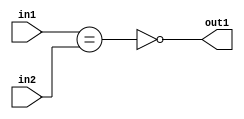
`timescale 1ps / 1ps
/*****************************************************************************
    Verilog RTL Description
    
    
    Created by: Stratus DpOpt 2019.1.01 
*******************************************************************************/

module st_weight_addr_gen_NotEQ_16Ux1U_1U_4_12 (
	in2,
	in1,
	out1
	); /* architecture "behavioural" */ 
input [15:0] in2;
input  in1;
output  out1;
wire  asc001,
	asc002;

assign asc002 = (in1==in2);

assign asc001 = 
	((~asc002));

assign out1 = asc001;
endmodule

/* CADENCE  ubPzTQE= : u9/ySgnWtBlWxVPRXgAZ4Og= ** DO NOT EDIT THIS LINE ******/